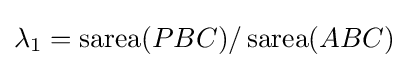
\lambda _{1}=\operatorname {sarea} (PBC)/\operatorname {sarea} (ABC)